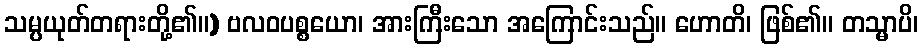
သမ္ပယုတ်တရားတို့၏။) ဗလဝပစ္စယော၊ အားကြီးသော အကြောင်းသည်။ ဟောတိ၊ ဖြစ်၏။ တသ္မာပိ၊